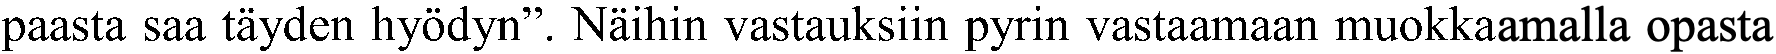
paasta saa täyden hyödyn”. Näihin vastauksiin pyrin vastaamaan muokkaamalla opasta